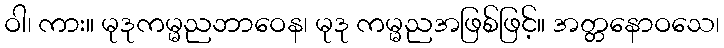
ဝါ၊ ကား။ မုဒုကမ္မညဘာဝေန၊ မုဒု ကမ္မညအဖြစ်ဖြင့်။ အတ္တနောဝသေ၊